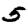
Digit: 5